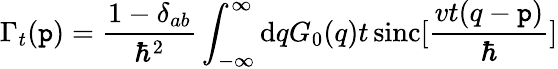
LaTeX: \Gamma_{t}(\mathtt{p})=\frac{{1-\delta_{ab}}}{{\hbar^{2}}}\int_{-\infty}^{\infty}\mathrm{{d}}q{G}_{0}(q)t\, \mathrm{{sinc}}[\frac{{vt(q-\mathtt{p})}}{{\hbar}}]